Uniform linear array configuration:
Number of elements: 64
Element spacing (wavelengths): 1
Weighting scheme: binomial
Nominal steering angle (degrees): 15
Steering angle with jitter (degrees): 16.893
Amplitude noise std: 0.05
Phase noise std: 0.05

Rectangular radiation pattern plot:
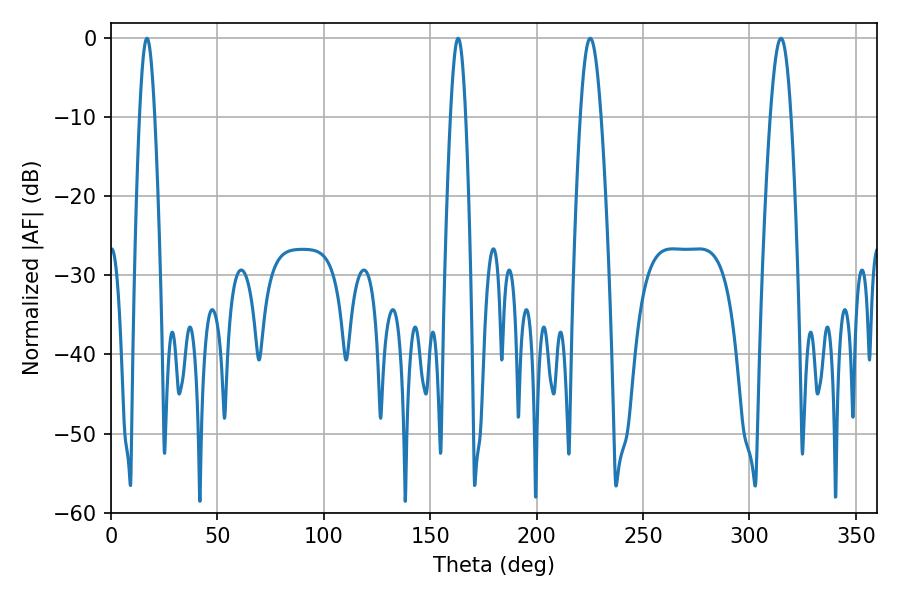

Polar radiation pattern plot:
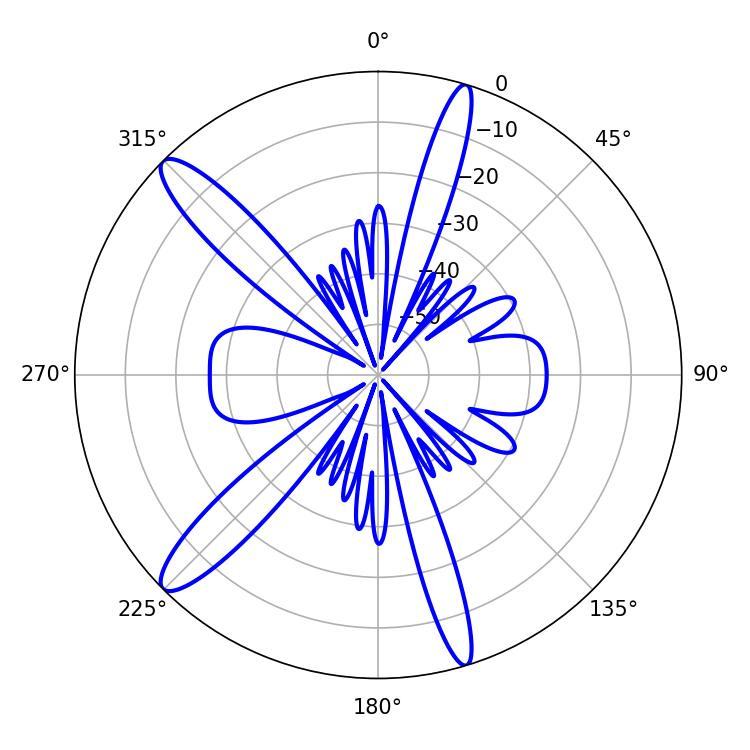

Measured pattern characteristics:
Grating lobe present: TRUE
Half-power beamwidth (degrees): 5.22
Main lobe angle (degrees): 225.18